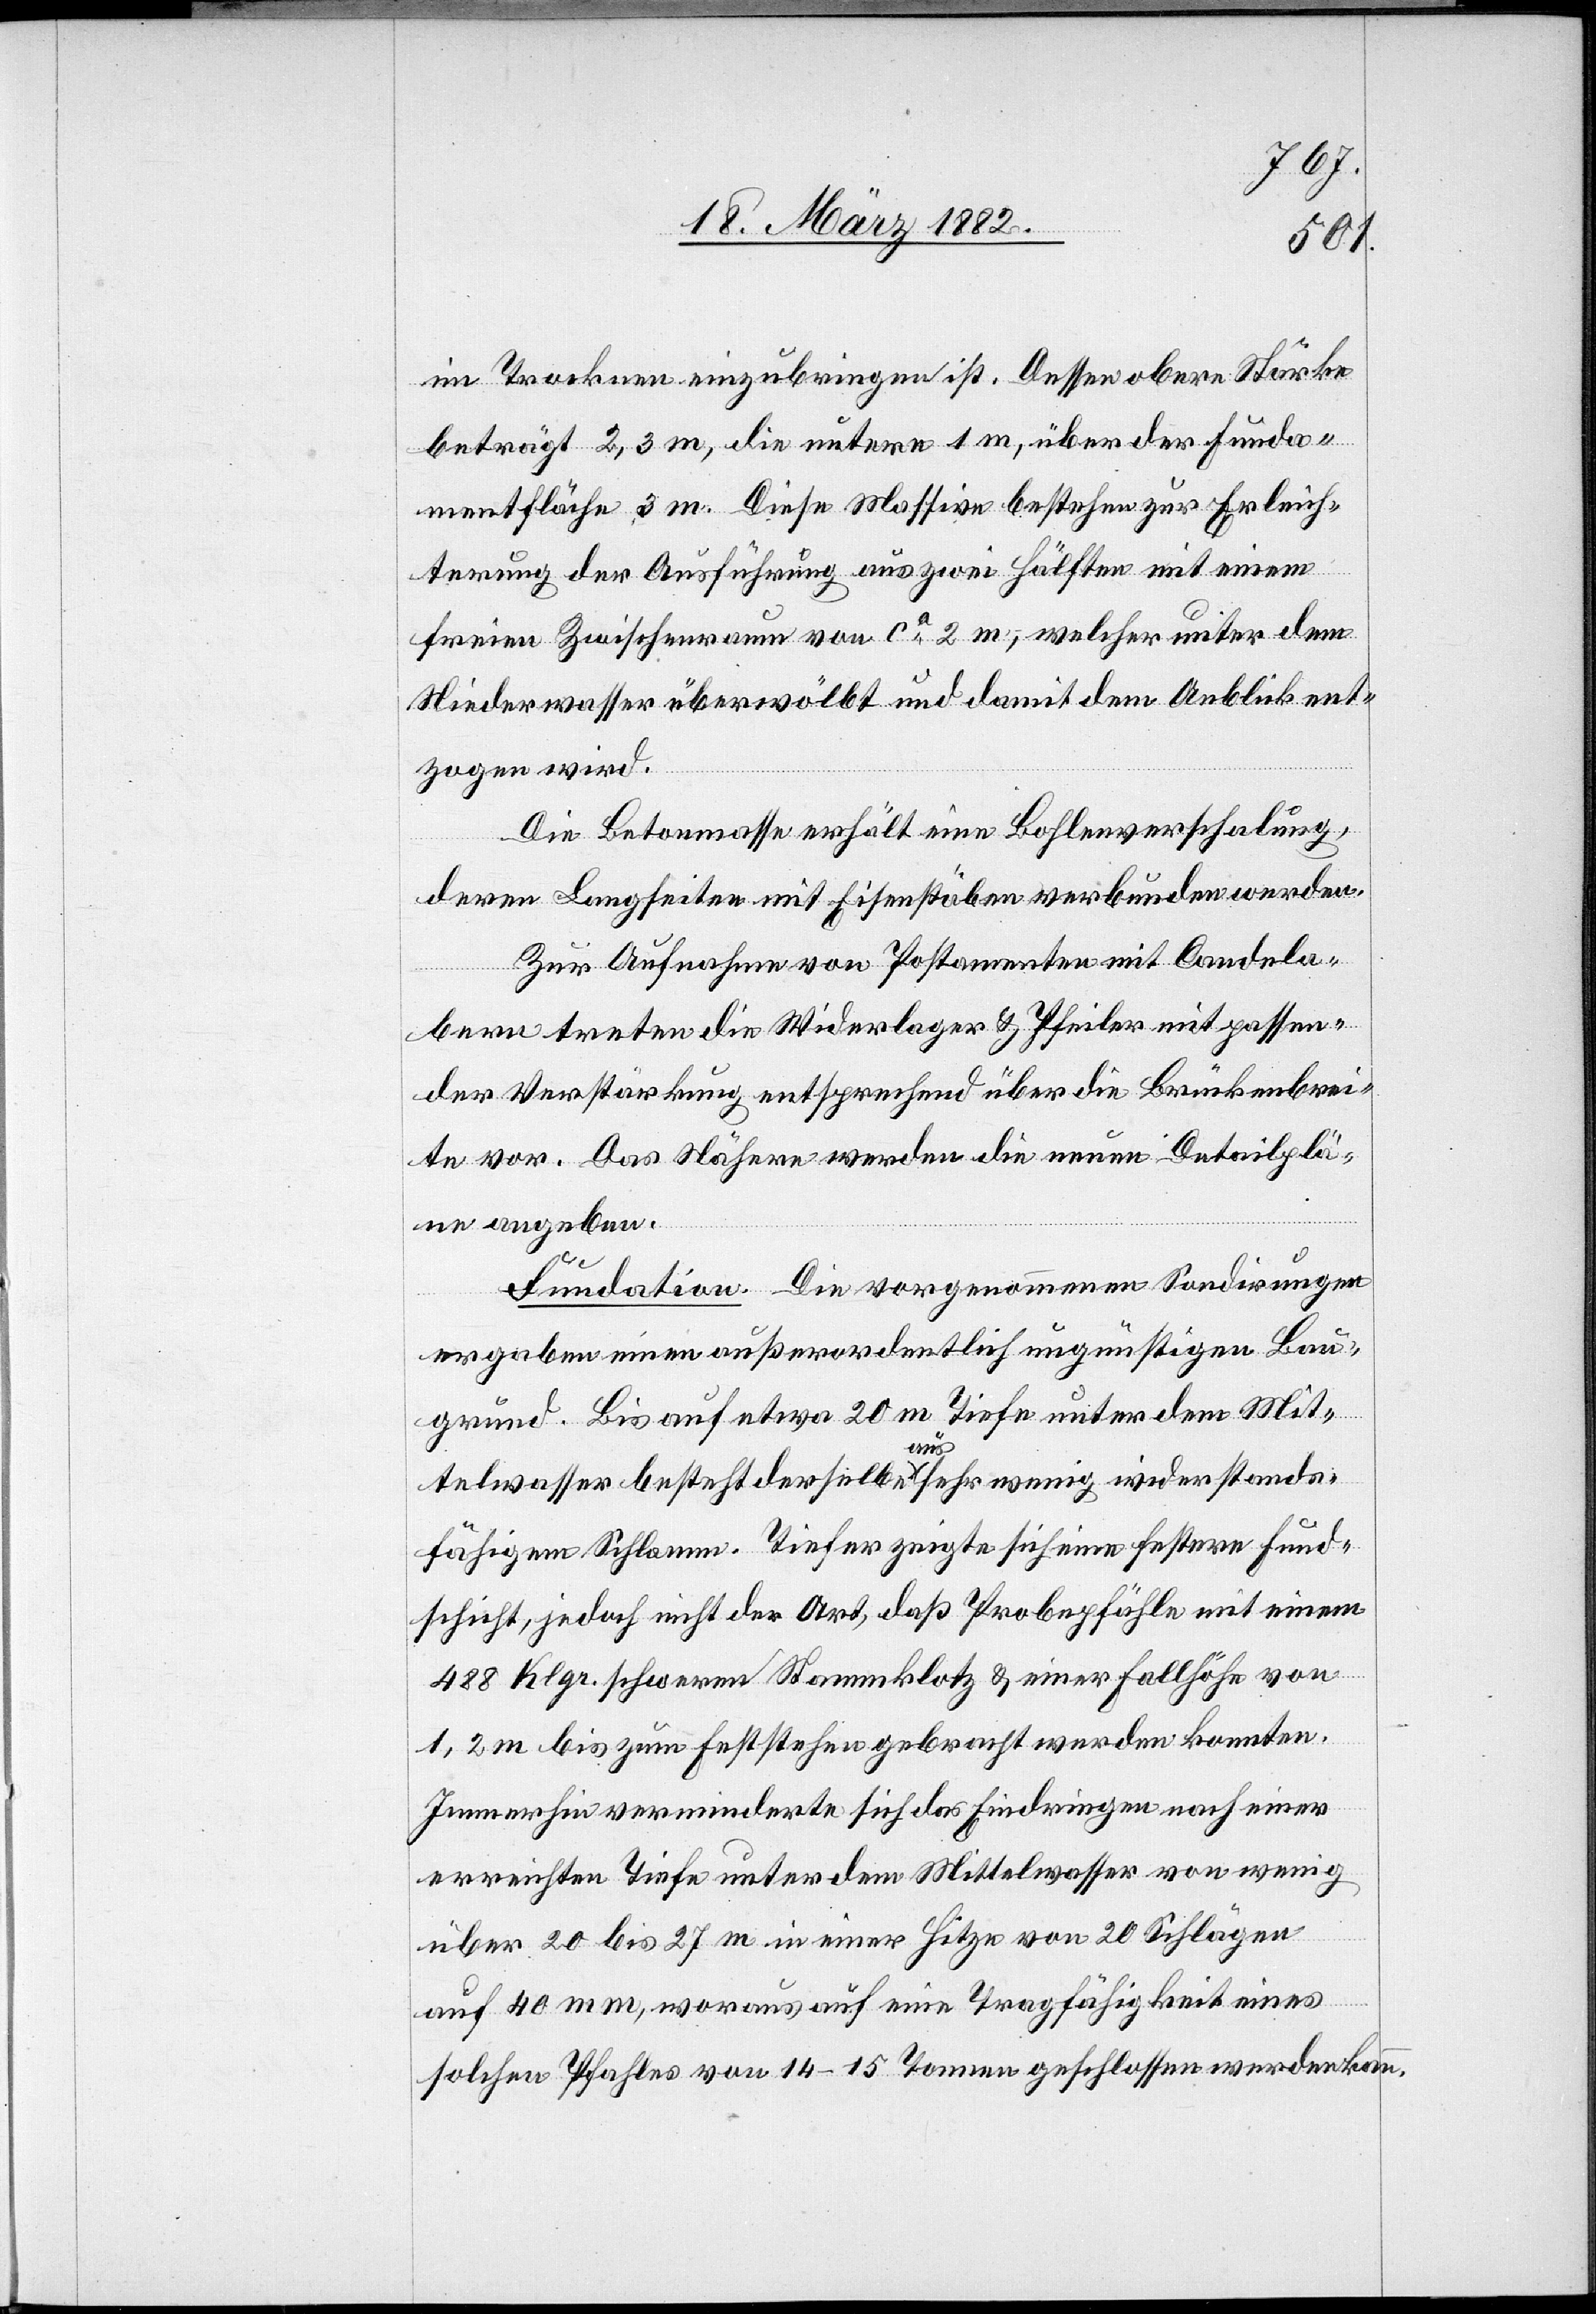
im Trocknen einzubringen ist. Dessen obere Stärke
beträgt 2,3 m, die untere 1 m, über der Funda¬
mentfläche 3 m. Diese Massive bestehen zur Erleich¬
terung der Ausführung aus zwei Hälften mit einem
freien Zwischenraum von ca 2 m, welcher unter dem
Niederwasser überwölbt und damit dem Anblick ent¬
zogen wird.
Die Betonmasse erhält eine Bohlenverschalung,
deren Langseite mit Eisenstäben verbunden wird.
Zur Aufnahme von Postamenten mit Candela¬
bern treten die Widerlager & Pfeiler mit passen¬
der Verstärkung entsprechend über die Brückenbrei¬
te vor. Das Nähere werden die neuen Detailplä¬
ne angeben.
Fundation. Die vorgenommenen Sondirungen
ergaben einen außerordentlich ungünstigen Bau¬
grund. Bis auf etwa 20 m Tiefe unter dem Mit¬
telwasser besteht derselbe a-aus-a sehr wenig widerstands¬
fähigem Schlamm. Tiefer zeigte sich eine festere Fund¬
schicht, jedoch nicht der Art, daß Probepfähle mit einem
488 Klgr. schweren Stammklotz & einer Fallhöhe von
1,2 m bis zum Feststehen gebracht werden konnten.
Immerhin verminderte sich das Eindringen nach einer
erreichten Tiefe unter dem Mittelwasser von wenig
über 20 bis 27 m in einer Sitze von 20 Schlägen
auf 44 mm, woraus auf eine Tragfähigkeit eines
solchen Pfahles von 14-15 Tonnen geschlossen werden kann.